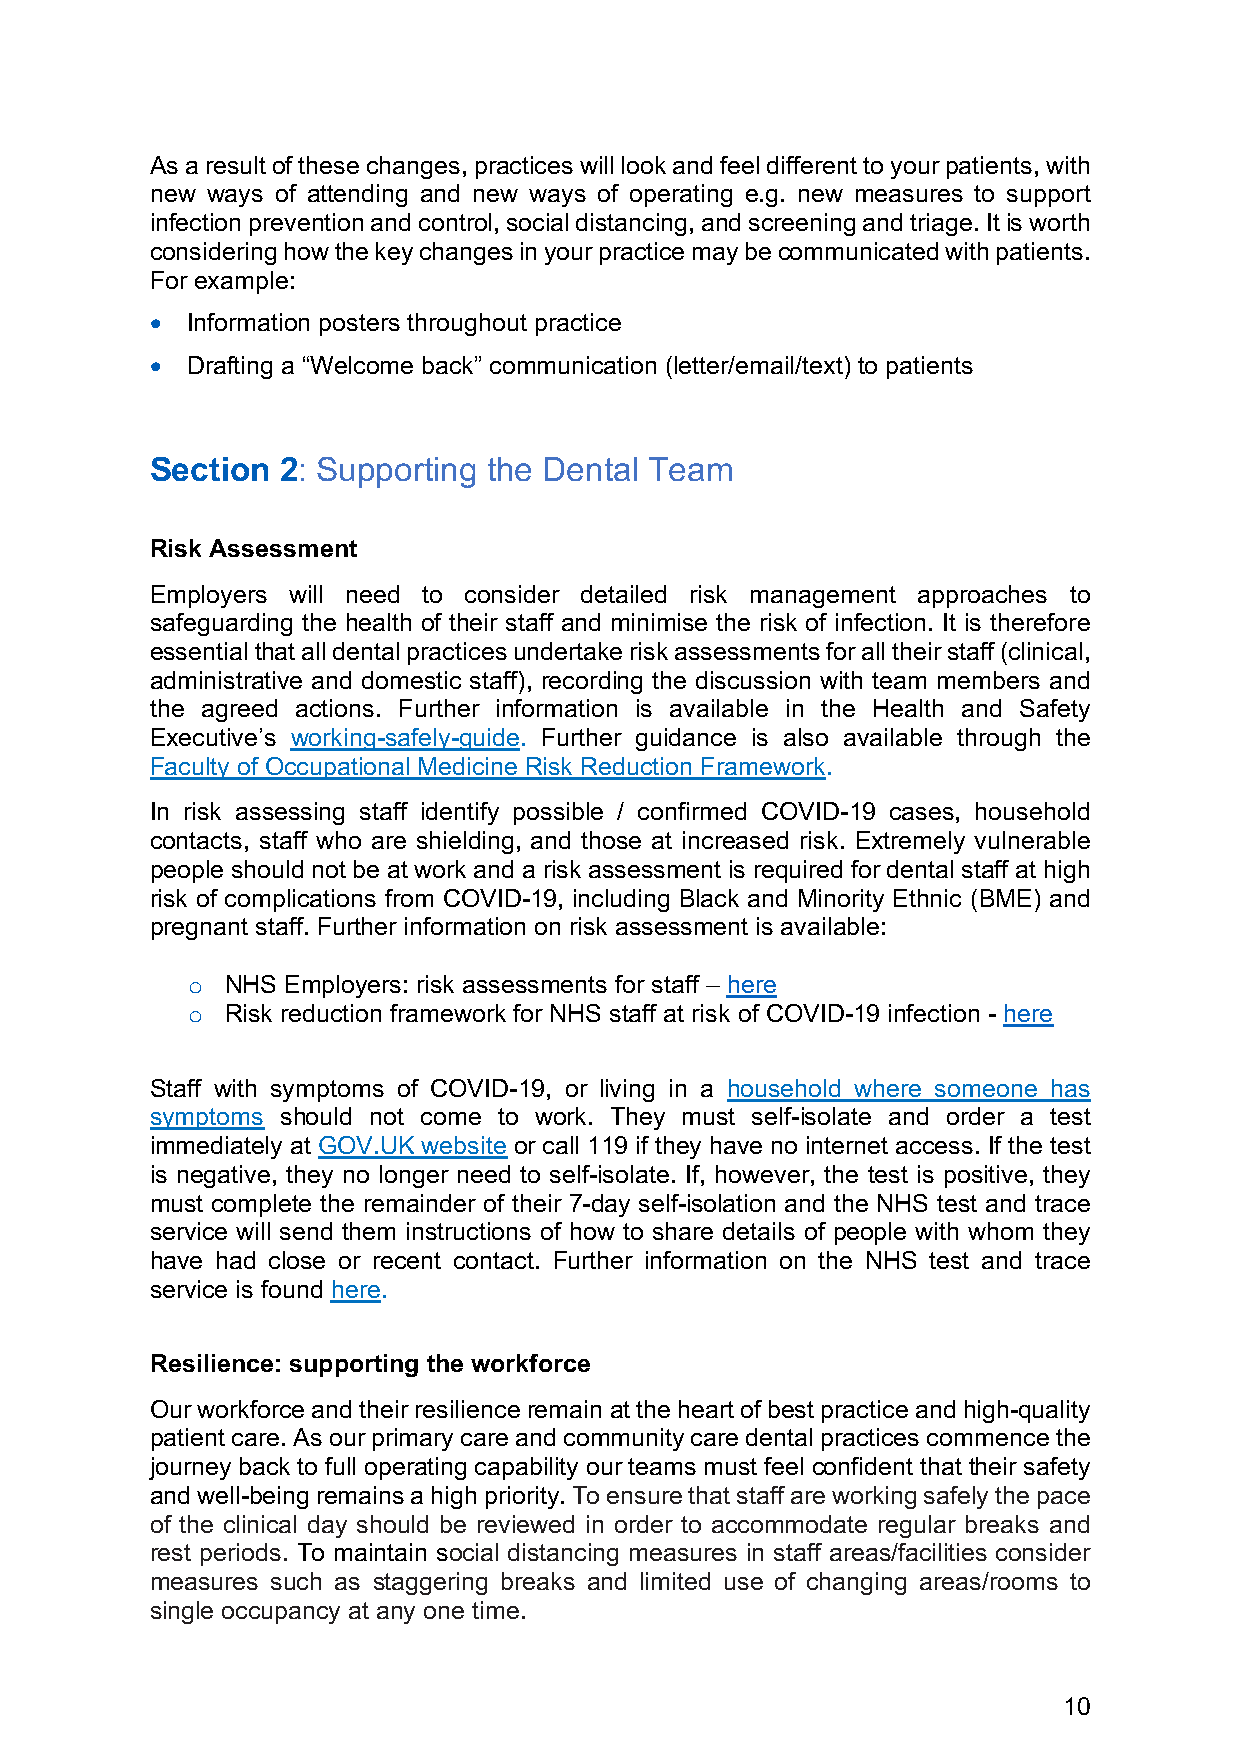
As a result of these changes, practices will look and feel different to your patients, with
 new ways of attending and new ways of operating e.g. new measures to support
 infection prevention and control, social distancing, and screening and triage. It is worth
 considering how the key changes in your practice may be communicated with patients.
 For example:
 • Information posters throughout practice
 • Drafting a “Welcome back” communication (letter/email/text) to patients
 Section  2: Supporting the Dental Team
 Risk Assessment
 Employers will need to consider detailed risk management approaches to
 safeguarding the health of their staff and minimise the risk of infection. It is therefore
 essential that all dental practices undertake risk assessments for all their staff (clinical,
 administrative and domestic staff), recording the discussion with team members and
 the agreed actions. Further information is available in the Health and Safety
 Executive’s working-safely-guide. Further guidance is also available through the
 Faculty of Occupational Medicine Risk Reduction Framework.
 In risk assessing staff identify possible / confirmed COVID-19 cases, household
 contacts, staff who are shielding, and those at increased risk. Extremely vulnerable
 people should not be at work and a risk assessment is required for dental staff at high
 risk of complications from COVID-19, including Black and Minority Ethnic (BME) and
 pregnant staff. Further information on risk assessment is available:
 o  NHS Employers: risk assessments for staff – here
 o  Risk reduction framework for NHS staff at risk of COVID-19 infection - here
 Staff with symptoms of COVID-19, or living in a household where someone has
 symptoms should not come to work. They must self-isolate and order a test
 immediately at GOV.UK website or call 119 if they have no internet access. If the test
 is negative, they no longer need to self-isolate. If, however, the test is positive, they
 must complete the remainder of their 7-day self-isolation and the NHS test and trace
 service will send them instructions of how to share details of people with whom they
 have had close or recent contact. Further information on the NHS test and trace
 service is found here.
 Resilience: supporting the workforce
 Our workforce and their resilience remain at the heart of best practice and high-quality
 patient care. As our primary care and community care dental practices commence the
 journey back to full operating capability our teams must feel confident that their safety
 and well-being remains a high priority. To ensure that staff are working safely the pace
 of the clinical day should be reviewed in order to accommodate regular breaks and
 rest periods. To maintain social distancing measures in staff areas/facilities consider
 measures such as staggering breaks and limited use of changing areas/rooms to
 single occupancy at any one time.
 10